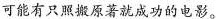
可能有只照搬原著就成功的电影。